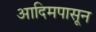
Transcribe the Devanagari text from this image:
आदिमपासून